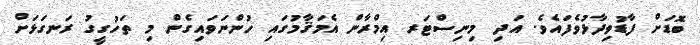
ބޮޑަށް ފާޑުވިދާޅުވެފައެވެ. އަދި މިނިސްޓަރ އިމްރާން އެމަޤާމުގައި ހުންނަވައިގެން މި ތަހުގީގު ރަނގަޅަށް